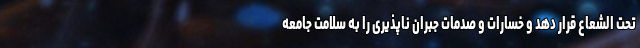
تحت الشعاع قرار دهد و خسارات و صدمات جبران ناپذیری را به سلامت جامعه